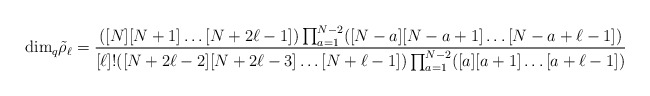
\begin{align*}{\rm dim}_q {\tilde {\rho}}_{\ell} = {([N][N+1] \ldots [N+2\ell-1])\prod_{a=1}^{N-2} ([N-a] [N-a+1] \ldots [N-a+\ell-1])\over [\ell]! ([N+2 \ell-2] [N+2 \ell-3] \ldots [N+\ell-1]) \prod_{a=1}^{N-2} ([a][a+1] \ldots [a + \ell-1])}\end{align*}